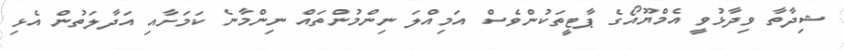
ޝިދާތާ ވިދާޅުވީ އެމްޔޫއޯގެ ޕާޓީތަކުންވެސް އަމިއްލަ ނިންމުންތައް ނިންމާނެ ކަމަށާއި އަދާލަތުން އެޅި